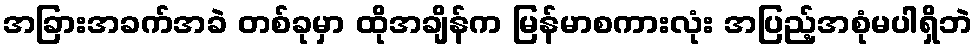
အခြားအခက်အခဲ တစ်ခုမှာ ထိုအချိန်က မြန်မာစကားလုံး အပြည့်အစုံမပါရှိဘဲ